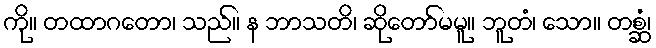
ကို။ တထာဂတော၊ သည်။ န ဘာသတိ၊ ဆိုတော်မမူ။ ဘူတံ၊ သော။ တစ္ဆံ၊